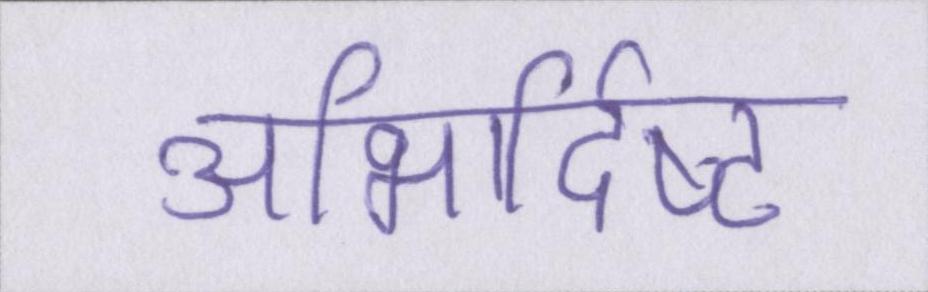
अभिर्दिष्ट